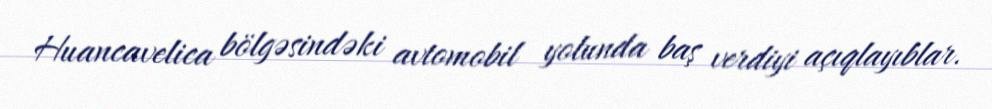
Huancavelica bölgəsindəki avtomobil yolunda baş verdiyi açıqlayıblar.